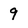
Character: 9